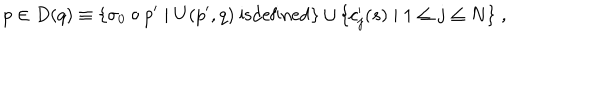
p \in D ( q ) \equiv \{ \sigma _ { 0 } \circ p ^ { \prime } \mid U ( p ^ { \prime } , q ) \mathrm { ~ i s d e f i n e d } \} \cup \{ c _ { j } ^ { \prime } ( s ) \mid 1 \leq j \leq N \} \; ,